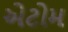
એટોમ